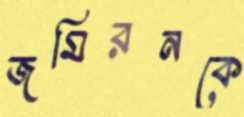
জমিরনকে